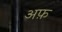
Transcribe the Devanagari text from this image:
अफ़